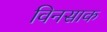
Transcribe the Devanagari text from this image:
विनसाक